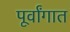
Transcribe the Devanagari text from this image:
पूर्वांगात